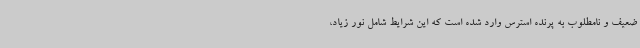
ضعیف و نامطلوب به پرنده استرس وارد شده است که این شرایط شامل نور زیاد،